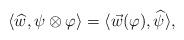
LaTeX: \begin{align*} \langle \widehat{w}, \psi \otimes \varphi \rangle=\langle \vec{w}(\varphi), \widehat{\psi} \rangle,\end{align*}